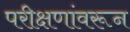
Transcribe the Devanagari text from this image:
परीक्षणांवरून